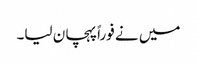
میں نے فوراً پہچان لیا۔